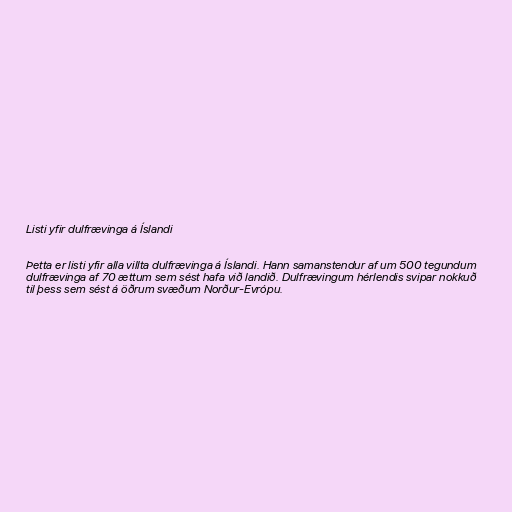
Listi yfir dulfrævinga á Íslandi

Þetta er listi yfir alla villta dulfrævinga á Íslandi. Hann samanstendur af um 500 tegundum
dulfrævinga af 70 ættum sem sést hafa við landið. Dulfrævingum hérlendis svipar nokkuð
til þess sem sést á öðrum svæðum Norður-Evrópu.